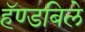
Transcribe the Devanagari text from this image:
हॅण्डबिले